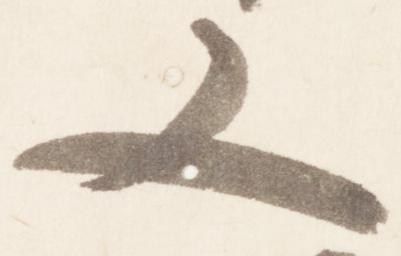
又